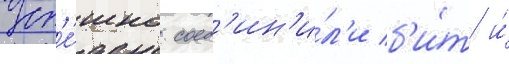
Усп'е́шно соед'ин'и́л'и б'и́т и́